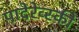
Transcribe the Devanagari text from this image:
पादेरेव्स्की